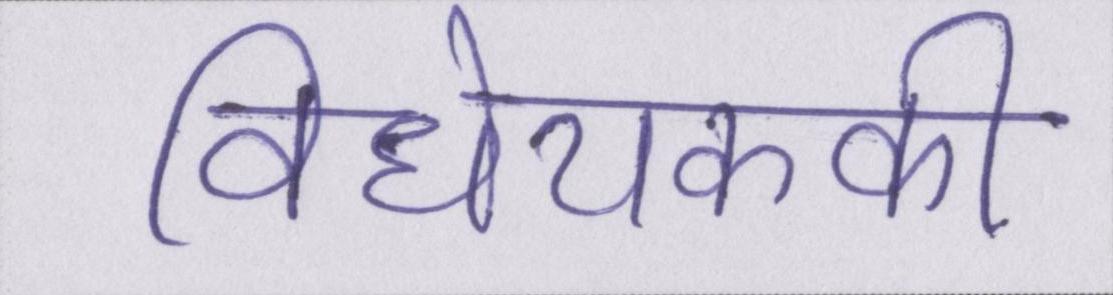
विधेयककी